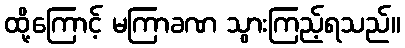
ထို့ကြောင့် မကြာခဏ သွားကြည့်ရသည်။